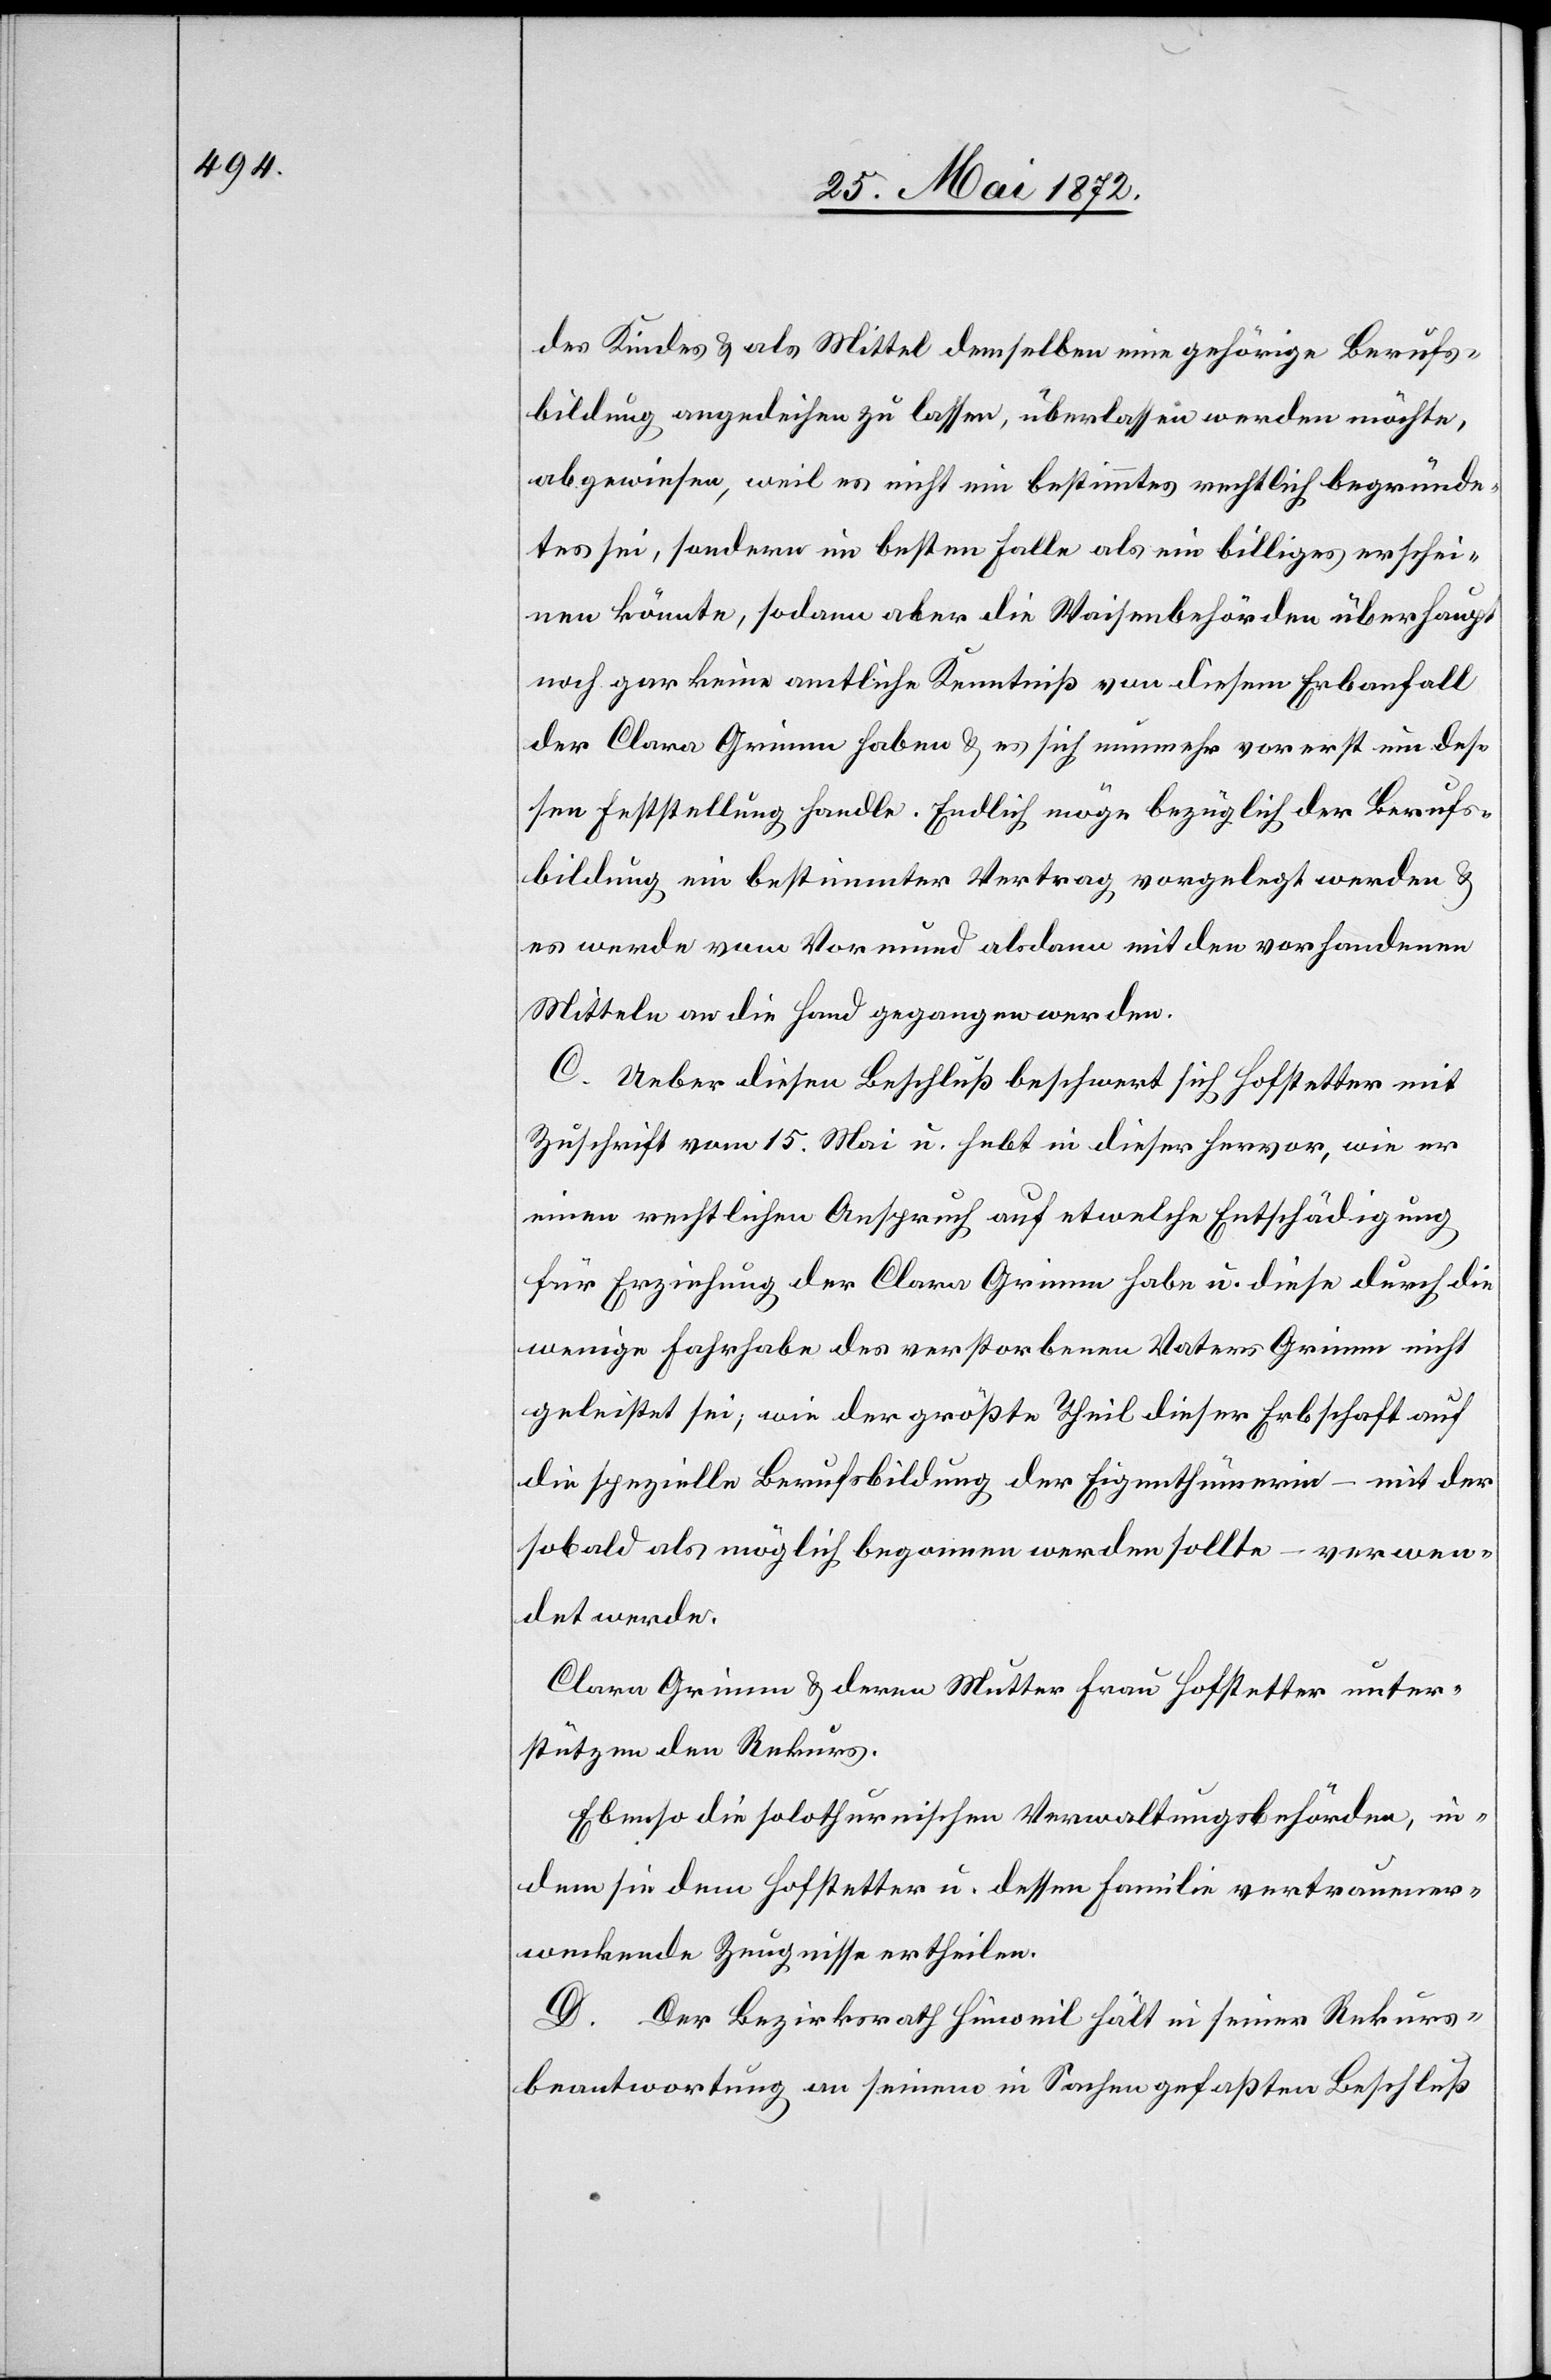
des Kindes u. als Mittel demselben eine gehörige Berufs¬
bildung angedeihen zu lassen, überlassen werden möchte,
abgewiesen, weil es nicht ein bestimmtes rechtlich begründe¬
tes sei, sondern im besten Falle als ein billiges erschei¬
nen könnte, sodann aber die Waisenbehörden überhaupt
noch gar keine amtliche Kenntniß von diesem Erbanfall
der Clara Grimm haben u. es sich nunmehr vorerst um des¬
sen Feststellung handle. Endlich möge bezüglich der Berufs¬
bildung ein bestimmter Vertrag vorgelegt werden u.
es werde vom Vormund alsdann mit den vorhandenen
Mitteln an die Hand gegangen werden.
C. Ueber diesen Beschluß beschwert sich Hofstetter mit
Zuschrift vom 15. Mai u. hebt in dieser hervor, wie er
einen rechtlichen Anspruch auf etwelche Entschädigung
für Erziehung der Clara Grimm habe u. diese durch die
wenige Fahrhabe des verstorbenen Vaters Grimm nicht
geleistet sei; wie der größte Theil dieser Erbschaft auf
die spezielle Berufsbildung der Eigenthümerin – mit der
sobald als möglich begonnen werden sollte – verwen¬
det werde.
Clara Grimm u. deren Mutter Frau Hofstetter unter¬
stützen den Rekurs.
Ebenso die solothurnische Verwaltungsbehörden, in¬
dem sie dem Hofstetter u. dessen Familie vertrauener¬
weckende Zeugnisse ertheilen.
D. Der Bezirksrath Hinweil hält in seiner Rekurs¬
beantwortung an seinem in Sachen gefaßten Beschluß